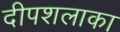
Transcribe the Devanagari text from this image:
दीपशलाका